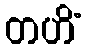
တဟိံ